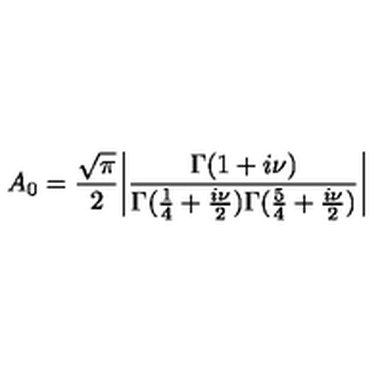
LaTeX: A _ { 0 } = { \frac { \sqrt \pi } { 2 } } \bigg | \frac { \Gamma ( 1 + i \nu ) } { \Gamma ( { \frac { 1 } { 4 } } + { \frac { i \nu } { 2 } } ) \Gamma ( { \frac { 5 } { 4 } } + { \frac { i \nu } { 2 } } ) } \bigg |